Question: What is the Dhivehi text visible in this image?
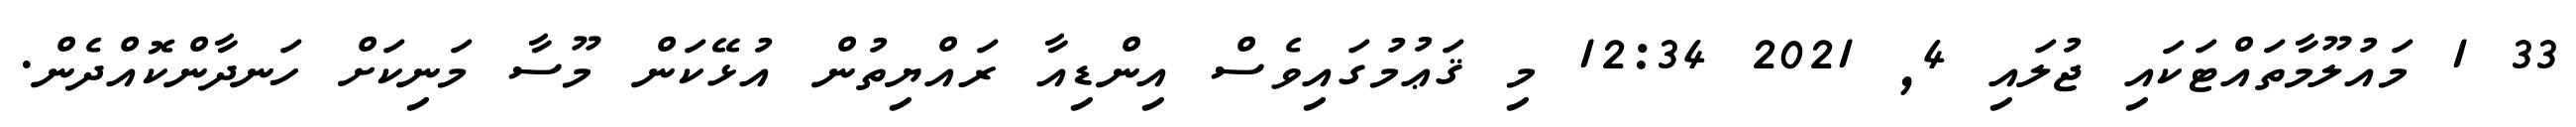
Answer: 33 1 މައުލޫމާތައްޓަކައި ޖުލައި 4, 2021 12:34 މި ޤަޢުމުގައިވެސް އިންޑިއާ ރައްޔިތުން އުޅޭކަން މޫސާ މަނިކަށް ހަނދާންކޮއްދެން.